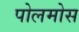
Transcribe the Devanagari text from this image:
पोलमोस